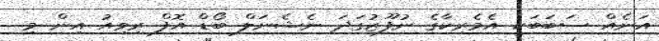
އަނެއް ސަބަބަކީ އެމެރިކާގެ ނުފޫޒުގަދަ ނެޝެނަލް ބޯޑް އޮފް ރިވިއު އިން މި